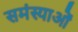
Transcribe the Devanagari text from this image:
समंस्याओं